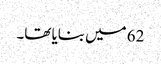
62 میں بنایا تھا۔